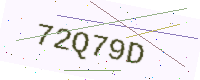
Text: 72Q79D